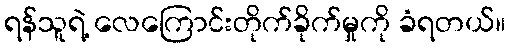
ရန်သူရဲ့ လေကြောင်းတိုက်ခိုက်မှုကို ခံရတယ်။